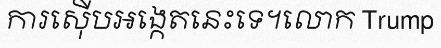
ការស៊ើបអង្កេតនេះទេ។លោក Trump